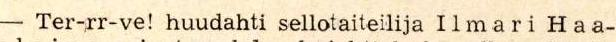
 - Ter-rr-ve! huudahti sellotaiteilija  Ilmari  Haa-